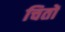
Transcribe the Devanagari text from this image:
चितों